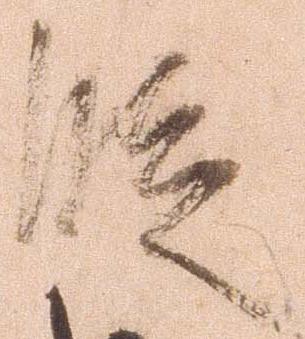
段